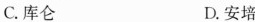
C.库仑 D.安培